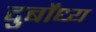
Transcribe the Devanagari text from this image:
दुर्बोंध्य